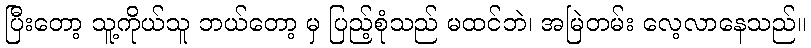
ပြီးတော့ သူ့ကိုယ်သူ ဘယ်တော့ မှ ပြည့်စုံသည် မထင်ဘဲ၊ အမြဲတမ်း လေ့လာနေသည်။